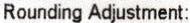
ROUNDING ADJUSTMENT: